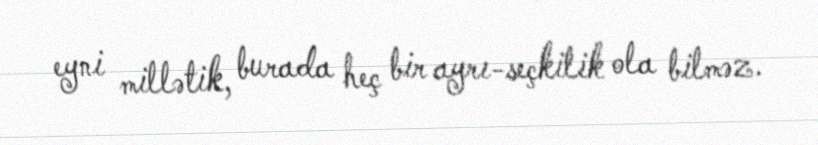
eyni millətik, burada heç bir ayrı-seçkilik ola bilməz.